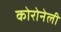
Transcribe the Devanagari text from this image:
कोरोनेली